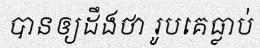
បានឲ្យដឹងថា រូបគេធ្លាប់